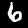
Digit: 6